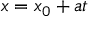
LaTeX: x = x _ { 0 } + a t